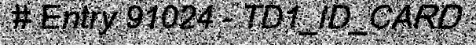
# Entry 91024 - TD1_ID_CARD